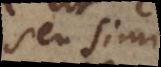
seu similia